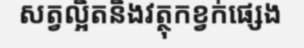
សត្វល្អិតនិងវត្ថុកខ្វក់ផ្សេង